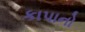
કાપાનો